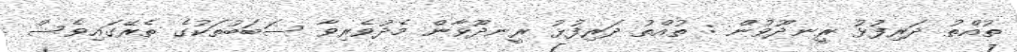
ތުއްތު ދަރިފުޅު ރީނދޫވުން : ތުއްތު ދަރިފުޅު ރީނދޫވާން މެދުވެރިވާ ސަބަބުތަކުގެ ތެރޭގައިވެސް